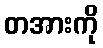
တအားကို